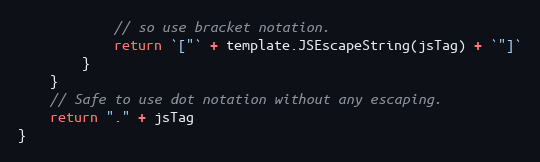
Language: Go
			// so use bracket notation.
			return `["` + template.JSEscapeString(jsTag) + `"]`
		}
	}
	// Safe to use dot notation without any escaping.
	return "." + jsTag
}